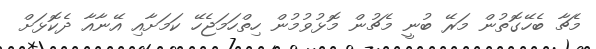
މެޗާ ބެހޭގޮތުން މަރޭ ބުނީ މެޗުން މޮޅުވުމުން ހިތްހަމަޖެހޭ ކަމަށާއި އޭނާއާ ދެކޮޅަށް